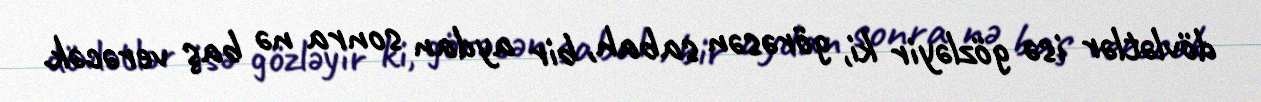
dövlətlər isə gözləyir ki, görəsən sabah, bir aydan sonra nə baş verəcək.